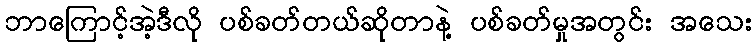
ဘာကြောင့်အဲ့ဒီလို ပစ်ခတ်တယ်ဆိုတာနဲ့ ပစ်ခတ်မှုအတွင်း အသေး